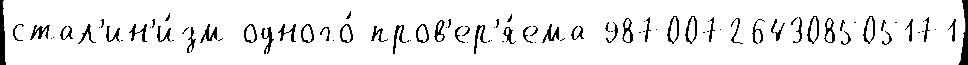
стал'ин'и́зм одного́ пров'ер'я́ема 987007264308505171